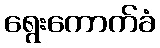
ရွေးကောက်ခံ